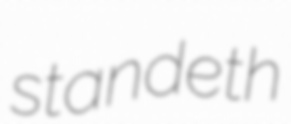
standeth